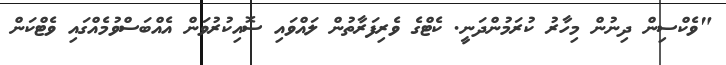
"ވެކްސިން ދިނުން މިހާރު ކުރަމުންދަނީ. ކެޓްގެ ވެރިފަރާތުން ލައްވައި ސޮއިކުރުވަން އެއްބަސްވުމެއްގައި ވެޓްކަން